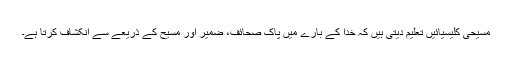
مسیحی کلیسیائیں تعلیم دیتی ہیں کہ خُدا کے بارے میں پاک صحائف، ضمیر اور مسیح کے ذریعے سے انکشاف کرتا ہے۔